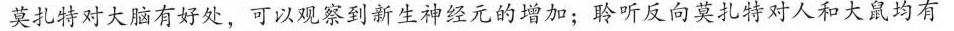
莫扎特对大脑有好处，可以观察到新生神经元的增加:聆听反向莫扎特对人和大鼠均有